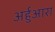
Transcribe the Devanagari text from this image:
अर्हुआरा